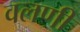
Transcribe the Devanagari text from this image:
वलणी